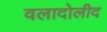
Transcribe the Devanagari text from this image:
वलादोलीद